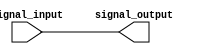
module non_inverting_buffer (
    input wire signal_input,
    output reg signal_output
);

always @ (signal_input)
begin
    signal_output = signal_input;
end

endmodule